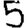
Digit: 5